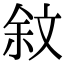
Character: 𣁏